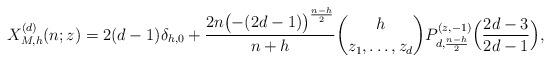
LaTeX: \begin{align*} X^{(d)}_{M,h}(n;z)=2(d-1)\delta_{h,0}+\frac{2n\bigl(-(2d-1)\bigr)^{\frac{n-h}{2}}}{n+h}\binom{h}{z_1,\ldots,z_d}P^{(z,-1)}_{d,\frac{n-h}{2}}\Bigl(\frac{2d-3}{2d-1}\Bigr),\end{align*}